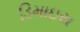
ડિમાઇસ